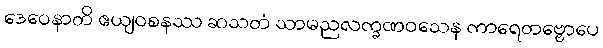
ဒေဝေနာတိ ဧယျဝစနဿ ဆသတံ သာမညလက္ခဏဝသေန ကာရေတဗ္ဗောပေ